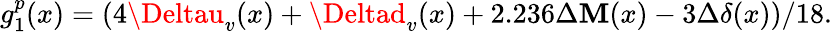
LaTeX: g_{1}^{p}(x)=(4\Deltau_{v}(x)+\Deltad_{v}(x)+2.236\Delta\mathbf{M}(x)-3\Delta\delta(x))/18.